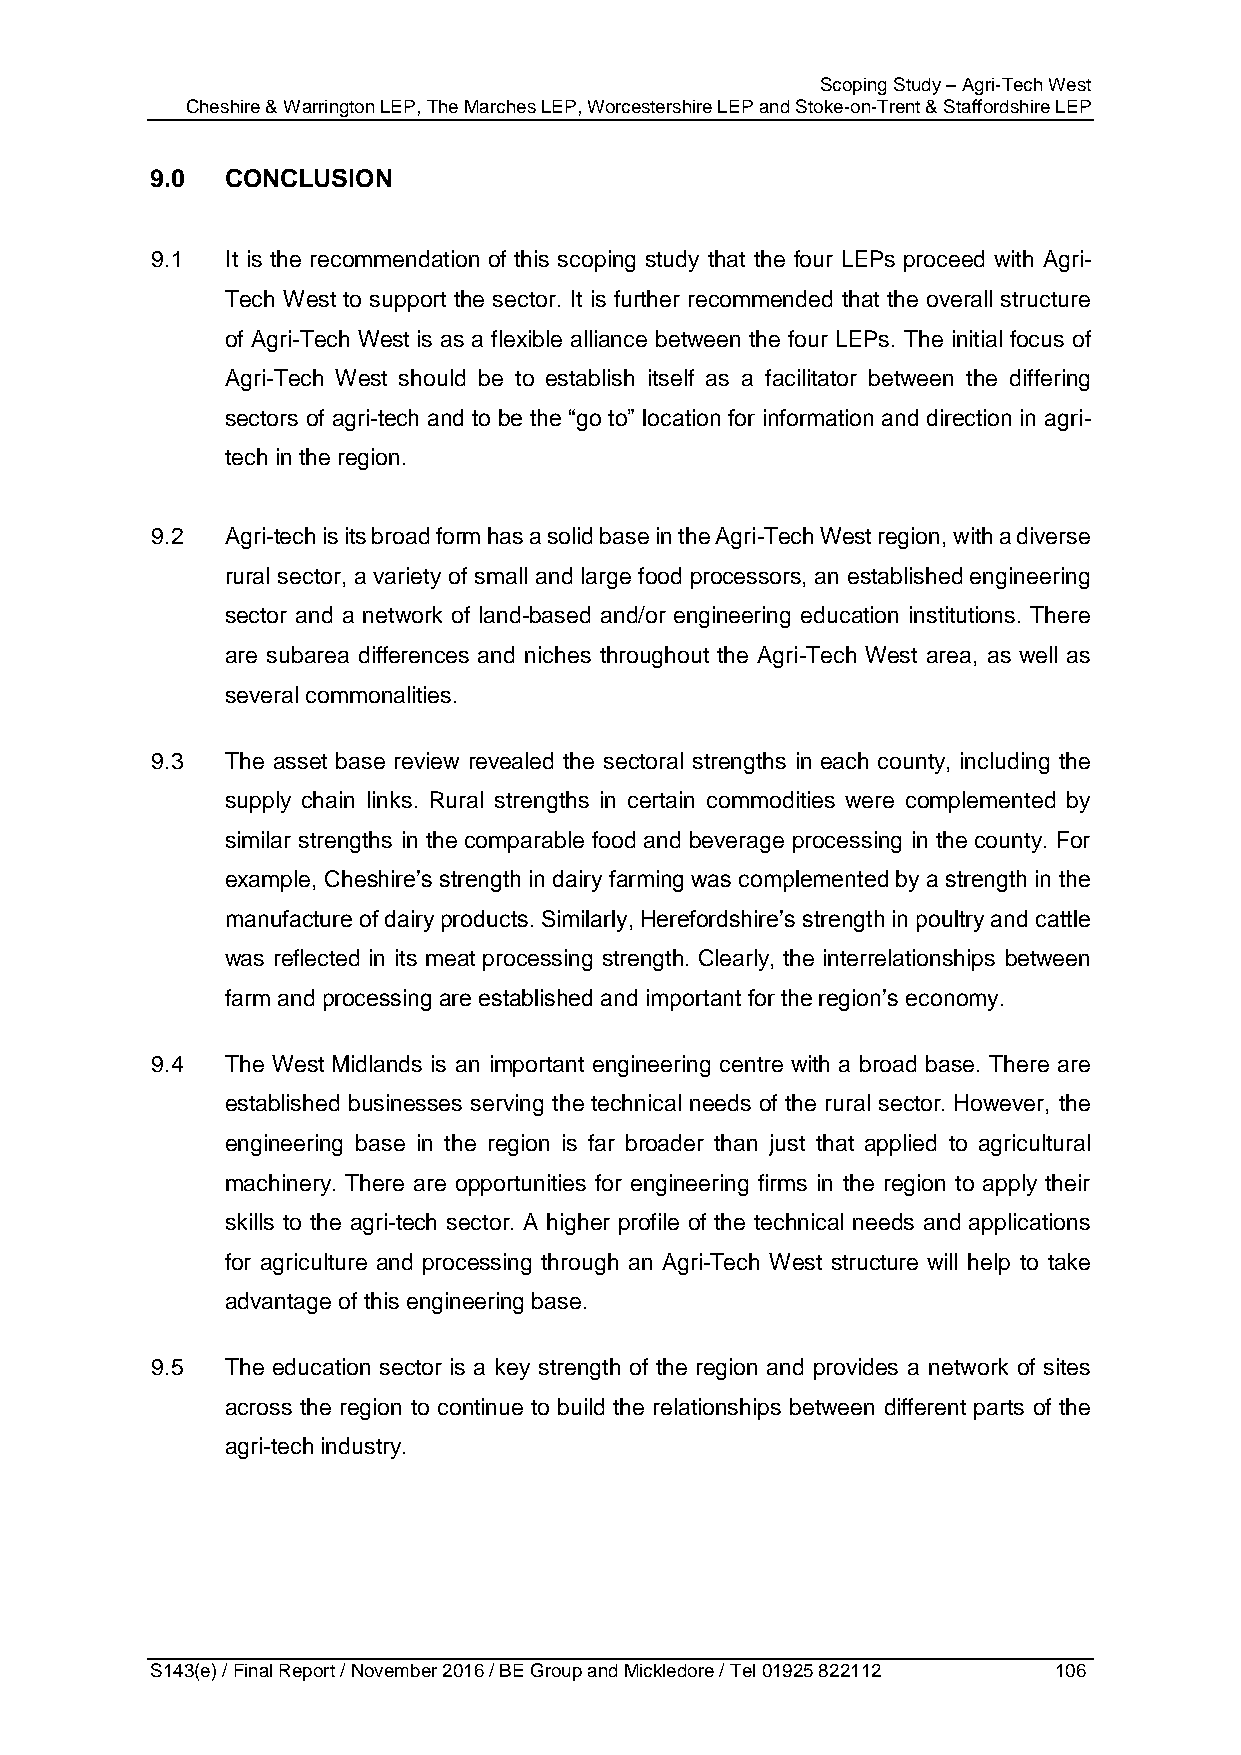
Scoping Study – Agri-Tech West
 Cheshire & Warrington LEP, The Marches LEP, Worcestershire LEP and Stoke-on-Trent & Staffordshire LEP
 9.0  CONCLUSION
 9.1  It is the recommendation of this scoping study that the four LEPs proceed with Agri-
 Tech West to support the sector. It is further recommended that the overall structure
 of Agri-Tech West is as a flexible alliance between the four LEPs. The initial focus of
 Agri-Tech West should be to establish itself as a facilitator between the differing
 sectors of agri-tech and to be the “go to” location for information and direction in agri-
 tech in the region.
 9.2  Agri-tech is its broad form has a solid base in the Agri-Tech West region, with a diverse
 rural sector, a variety of small and large food processors, an established engineering
 sector and a network of land-based and/or engineering education institutions. There
 are subarea differences and niches throughout the Agri-Tech West area, as well as
 several commonalities.
 9.3  The asset base review revealed the sectoral strengths in each county, including the
 supply chain links. Rural strengths in certain commodities were complemented by
 similar strengths in the comparable food and beverage processing in the county. For
 example, Cheshire’s strength in dairy farming was complemented by a strength in the
 manufacture of dairy products. Similarly, Herefordshire’s strength in poultry and cattle
 was reflected in its meat processing strength. Clearly, the interrelationships between
 farm and processing are established and important for the region’s economy.
 9.4  The West Midlands is an important engineering centre with a broad base. There are
 established businesses serving the technical needs of the rural sector. However, the
 engineering base in the region is far broader than just that applied to agricultural
 machinery. There are opportunities for engineering firms in the region to apply their
 skills to the agri-tech sector. A higher profile of the technical needs and applications
 for agriculture and processing through an Agri-Tech West structure will help to take
 advantage of this engineering base.
 9.5  The education sector is a key strength of the region and provides a network of sites
 across the region to continue to build the relationships between different parts of the
 agri-tech industry.
 S143(e) / Final Report / November 2016 / BE Group and Mickledore / Tel 01925 822112 106